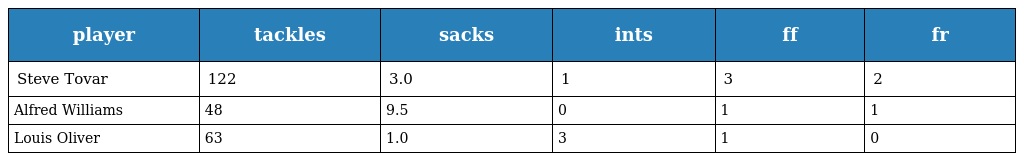
| player | tackles | sacks | ints | ff | fr |
 | --- | --- | --- | --- | --- | --- |
 | Steve Tovar | 122 | 3.0 | 1 | 3 | 2 |
 | Alfred Williams | 48 | 9.5 | 0 | 1 | 1 |
 | Louis Oliver | 63 | 1.0 | 3 | 1 | 0 |